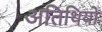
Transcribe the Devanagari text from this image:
अतिथियो